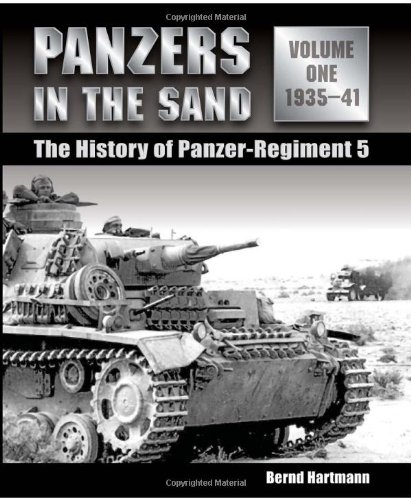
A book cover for Panzers in the Sand: Vol.1, The History of Panzer-Regiment 5, 1935-41; Bernd Hartmann; History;